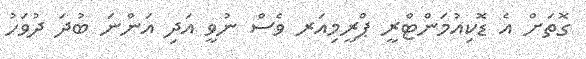
ގޮތަށް އެ ޑޮކިއުމަންޓްރީ ޕްރީމިއަރ ވެސް ނުވީ އަދި އަންނަ ބުދަ ދުވަހު